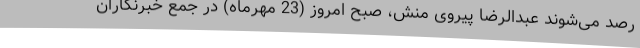
رصد می‌شوند عبدالرضا پیروی منش، صبح امروز (23 مهرماه) در جمع خبرنگاران